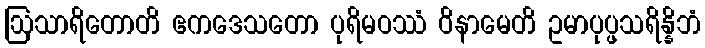
ဩသာရိတောတိ ဧကဒေသတော ပုရိမဝဿံ ဝိနာမေတိ ဥမာပုပ္ဖသရိန္နိဘံ